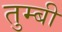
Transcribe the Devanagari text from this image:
तुम्बी